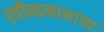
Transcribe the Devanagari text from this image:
रवीन्द्रनाथांचा